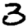
Digit: 3